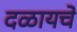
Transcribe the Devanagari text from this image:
दळायचे